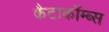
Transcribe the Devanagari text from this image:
कैटाकॉम्ब्स